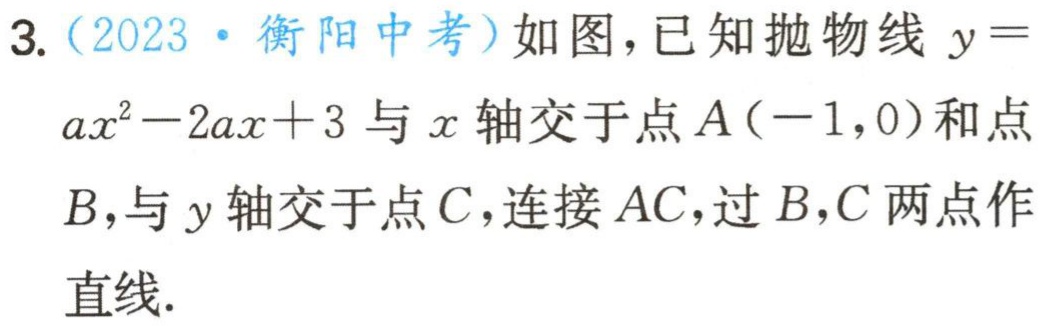
3.（2023·衡阳中考）如图，已知抛物线\(y = ax^{2}-2ax + 3\)与\(x\)轴交于点\(A(-1,0)\)和点\(B\)，与\(y\)轴交于点\(C\)，连接\(AC\)，过\(B,C\)两点作直线.